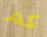
كم